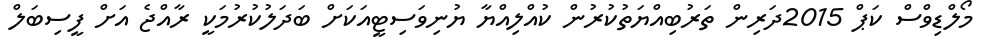
މޯލްޑިވްސް ކަޕް 2015ދަރިން ތަރުބިއްޔަތުކުރުން ކުއްލިއްޔާ ޔުނިވަސިޓީއަކަށް ބަދަލުކުރުމަކީ ރާއްޖެ އަށް ފީސިބަލް